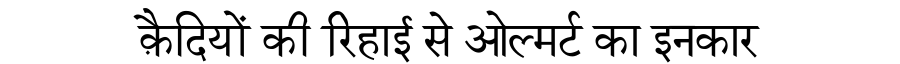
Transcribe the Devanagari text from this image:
क़ैदियों की रिहाई से ओल्मर्ट का इनकार